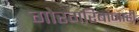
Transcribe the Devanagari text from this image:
गोरगरिबांनाही